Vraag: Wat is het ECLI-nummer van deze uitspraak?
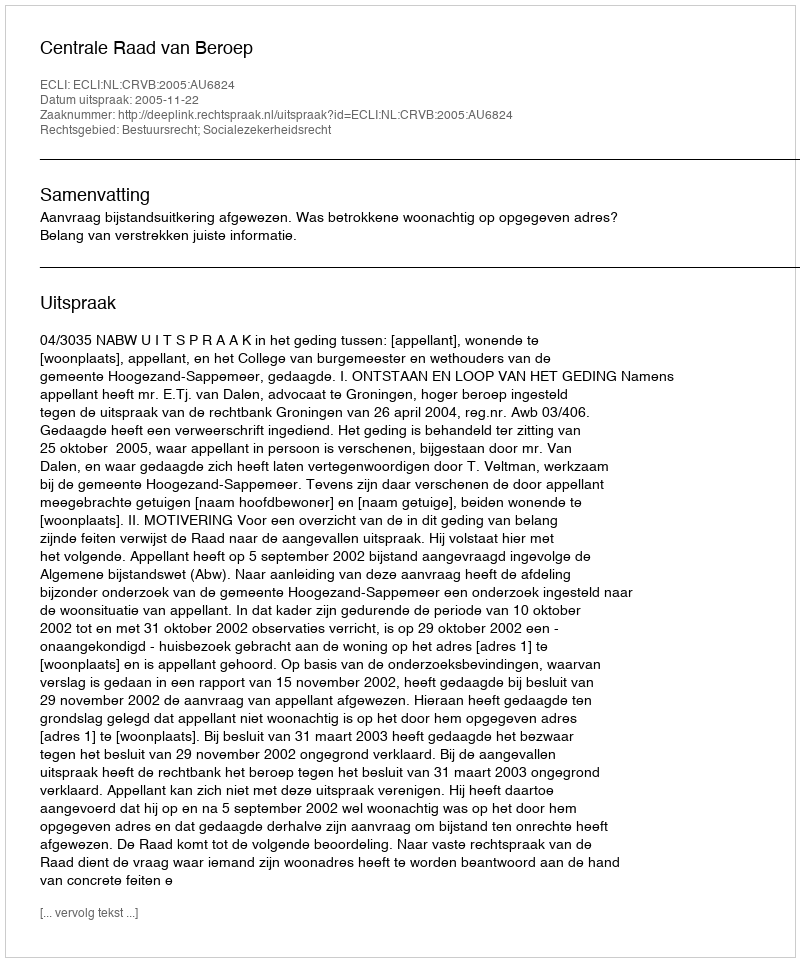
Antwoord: ECLI:NL:CRVB:2005:AU6824